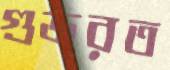
গুজরত